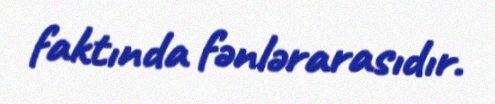
faktında fənlərarasıdır.